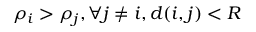
\rho _ { i } > \rho _ { j } , \forall j \neq i , d ( i , j ) < R